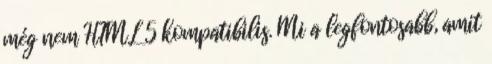
még nem HTML 5 kompatibilis. Mi a legfontosabb, amit